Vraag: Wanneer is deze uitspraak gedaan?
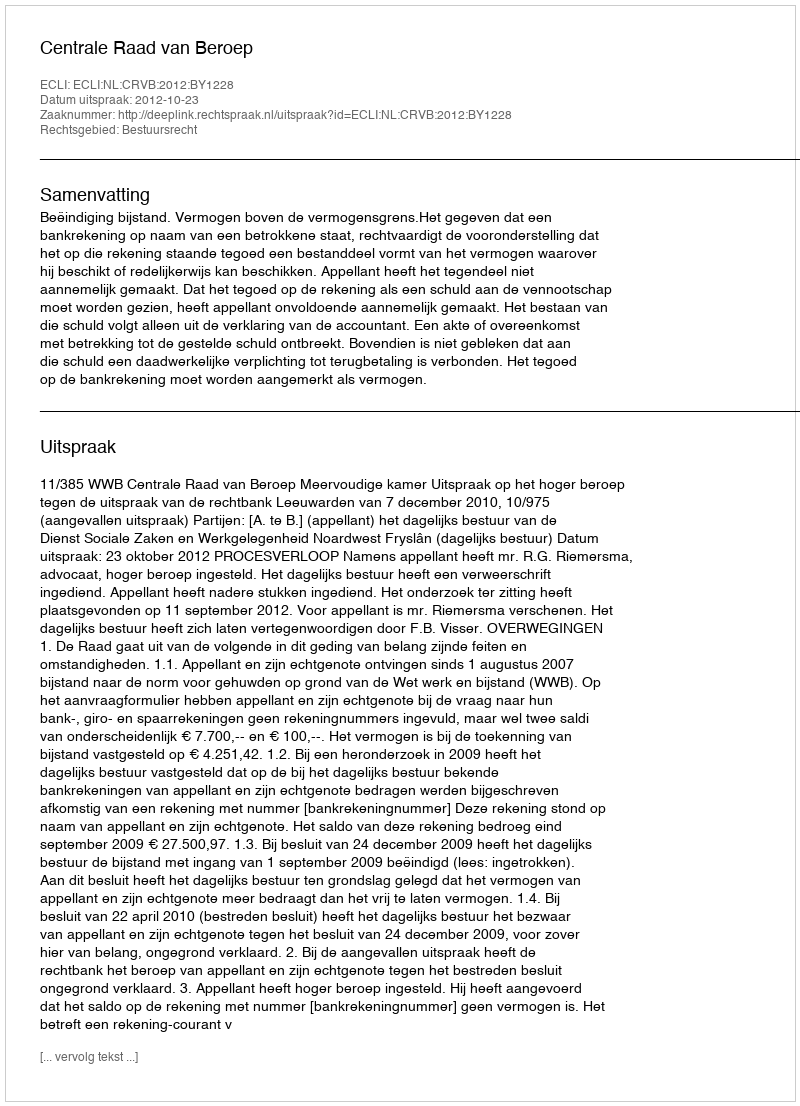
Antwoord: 2012-10-23